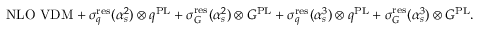
\mathrm { N L O ~ V D M } + \sigma _ { q } ^ { \mathrm { r e s } } ( \alpha _ { s } ^ { 2 } ) \otimes q ^ { \mathrm { P L } } + \sigma _ { G } ^ { \mathrm { r e s } } ( \alpha _ { s } ^ { 2 } ) \otimes G ^ { \mathrm { P L } } + \sigma _ { q } ^ { \mathrm { r e s } } ( \alpha _ { s } ^ { 3 } ) \otimes q ^ { \mathrm { P L } } + \sigma _ { G } ^ { \mathrm { r e s } } ( \alpha _ { s } ^ { 3 } ) \otimes G ^ { \mathrm { P L } } .